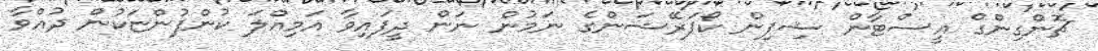
ޗޮންގިންގް އީސްޓާން ޝިޕިން ކޯޕަރޭޝަންގެ ނަމުން ނަން ދީފައިވާ އަމިއްލަ ކުންފުންޏަކުން ދުއްވާ